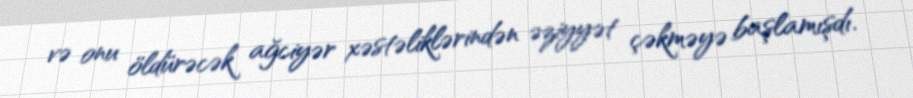
və onu öldürəcək ağciyər xəstəliklərindən əziyyət çəkməyə başlamışdı.